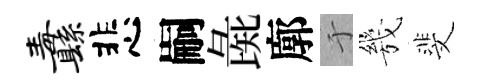
纛悲嗣彘廓于㡬斐